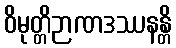
ဝိမုတ္တိဉာဏဒဿနန္တိ